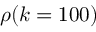
\rho ( k = 1 0 0 )